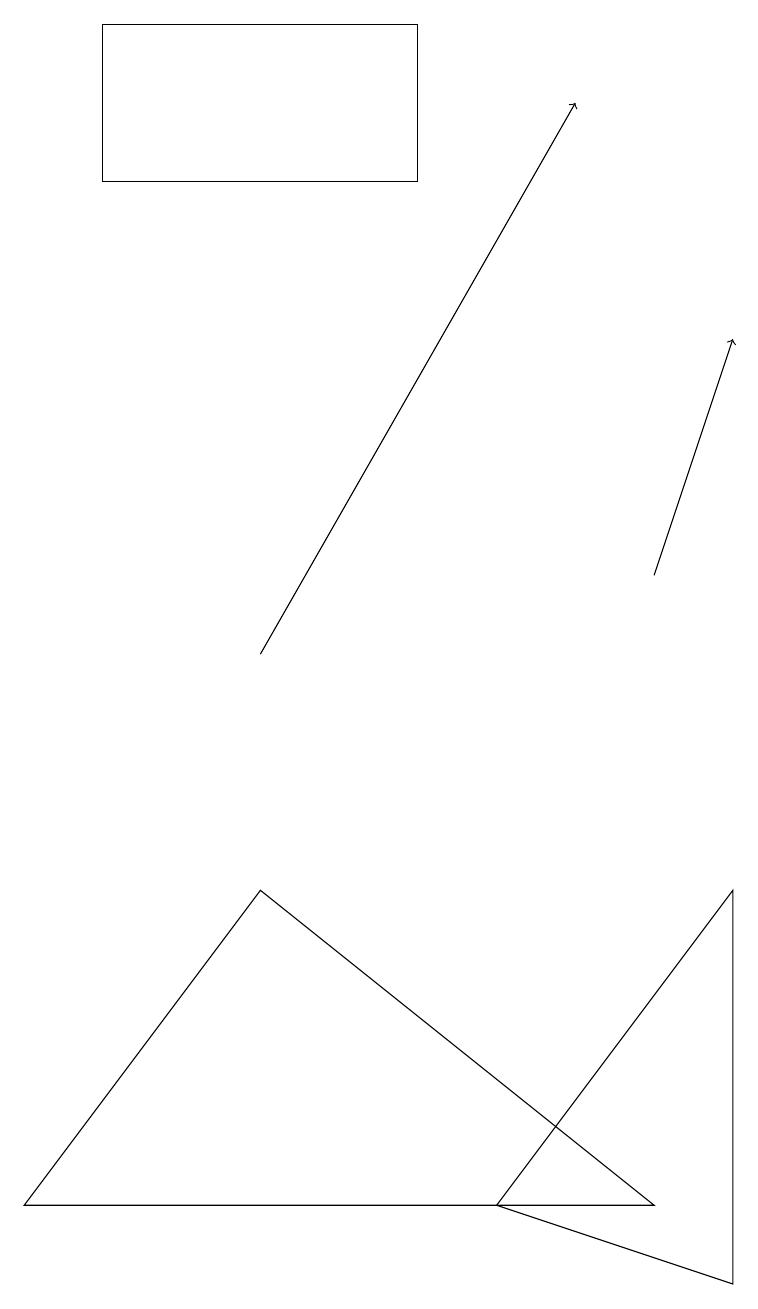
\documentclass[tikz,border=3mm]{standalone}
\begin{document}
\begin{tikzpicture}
\draw[->] (8,11) -- (9,14);
\draw[->] (3,10) -- (7,17);
\draw (9,7) -- (9,2) -- (6,3) -- cycle;
\draw (3,7) -- (0,3) -- (8,3) -- cycle;
\draw (1,18) rectangle (5,16);
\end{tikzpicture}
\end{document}